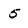
Character: 5